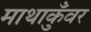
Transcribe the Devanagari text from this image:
माथाकुँवर